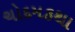
ચોદમકથા